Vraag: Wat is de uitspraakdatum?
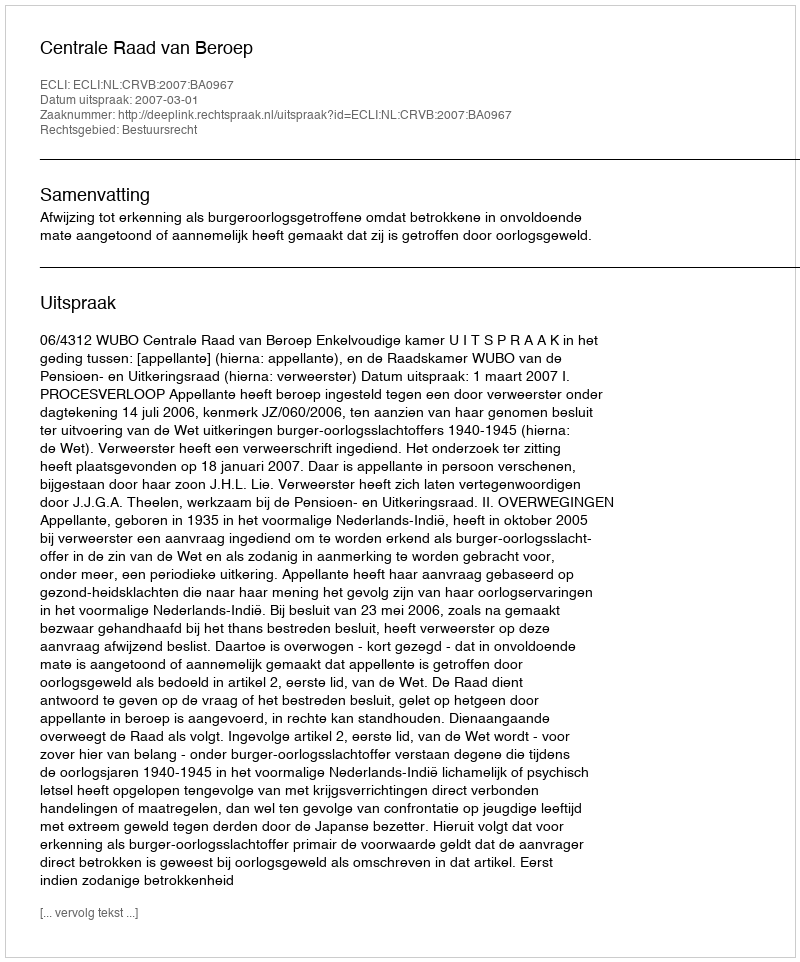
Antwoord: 2007-03-01